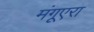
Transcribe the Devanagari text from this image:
मंगूएरा